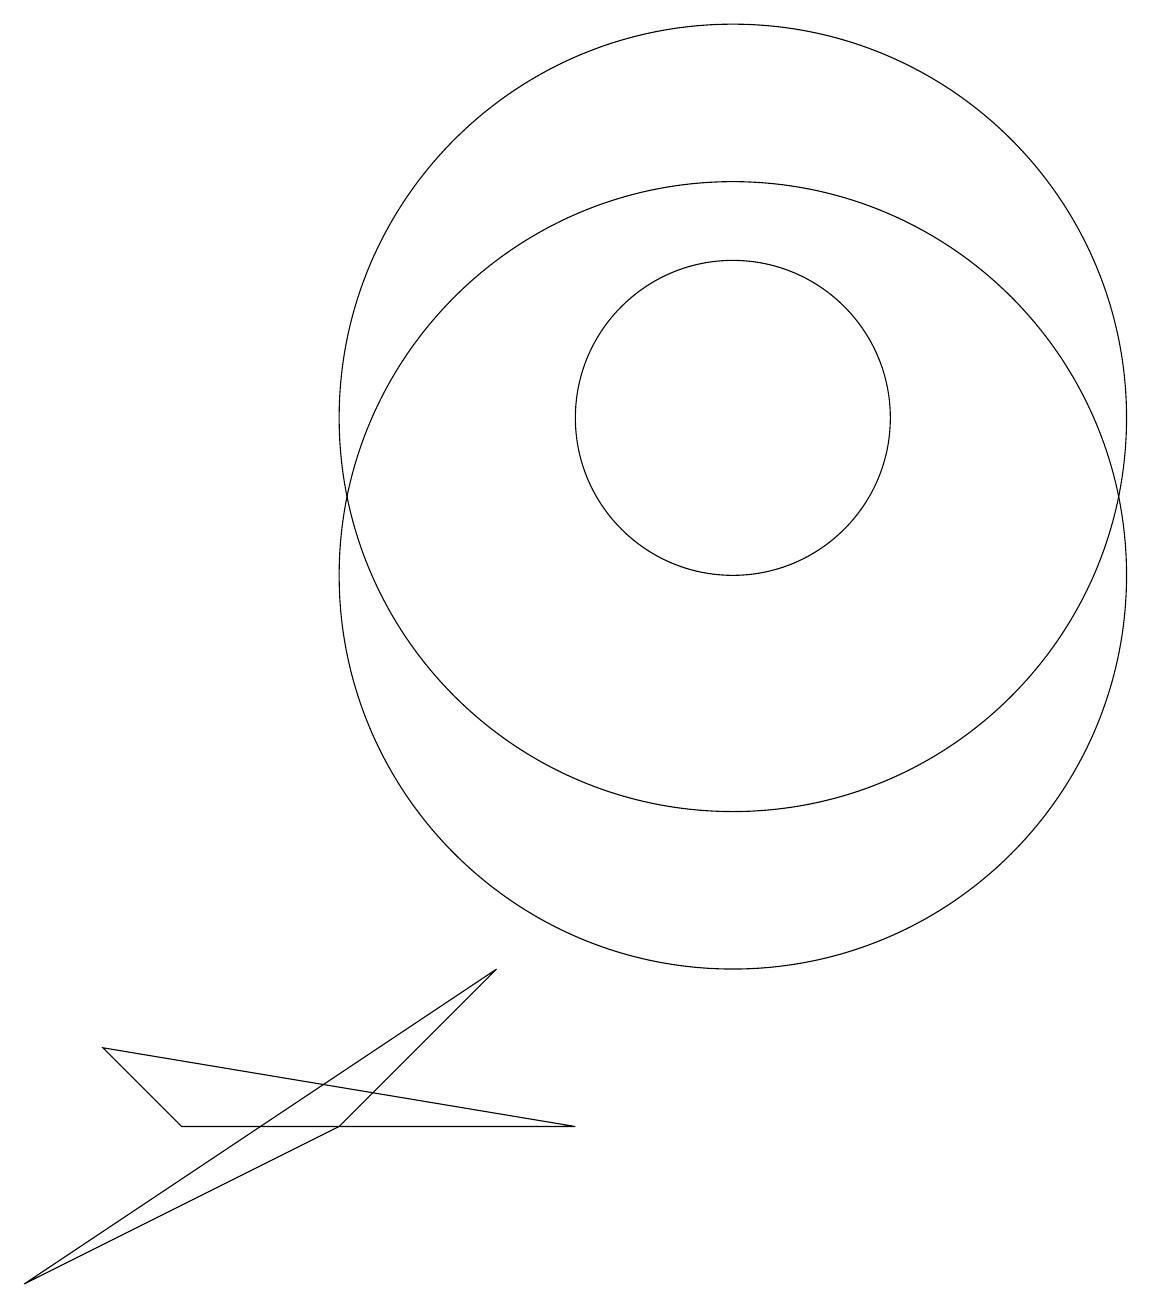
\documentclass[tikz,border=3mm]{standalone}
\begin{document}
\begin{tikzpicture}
\draw (10,11) circle (0);
\draw (11,12) circle (5);
\draw (3,4) -- (9,3) -- (4,3) -- cycle;
\draw (11,12) circle (2);
\draw (2,1) -- (6,3) -- (8,5) -- cycle;
\draw (11,10) circle (5);
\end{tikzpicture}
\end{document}